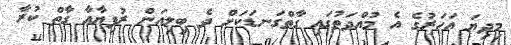
މިދިޔަ އަހަރުގެ އެ މުއްދަތުގައި ގާތްގަނޑަކަށް ދެ ބިލިއަން ރުފިޔާއާ ގާތް ކުރާ